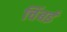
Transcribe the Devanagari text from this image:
चिंबई